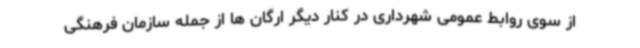
از سوی روابط عمومی شهرداری در کنار دیگر ارگان ها از جمله سازمان فرهنگی